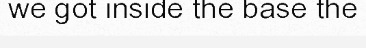
we got inside the base the